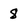
Character: 8